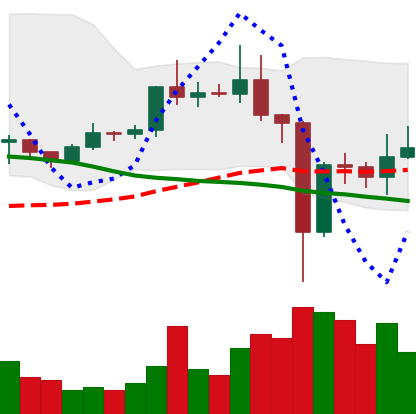
Ticker: EOS-USD
Chart end date: 2020-12-28
Forward return: -4.98%
Label: down_3_5